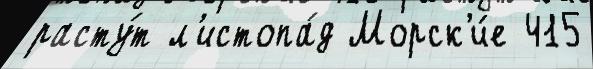
расту́т л'истопа́д Морск'и́е 415